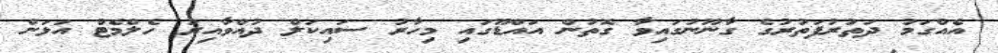
އެއްގަމު ދަތުރުފަތުރުގެ ގާނޫނުގައިވާ ގޮތުން އައްޑޫގައި މިހާރު ސައިކަލް ދުއްވާއިރު ހެލްމެޓް އަޅަން